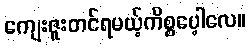
ကျေးဇူးတင်ရမယ့်ကိစ္စပေ့ါလေ။